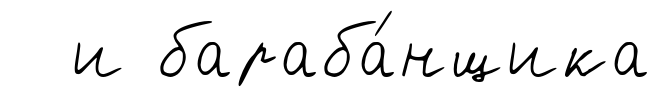
и бараба́нщика